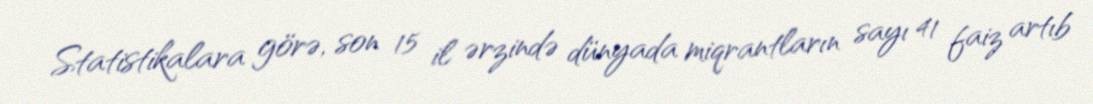
Statistikalara görə, son 15 il ərzində dünyada miqrantların sayı 41 faiz artıb